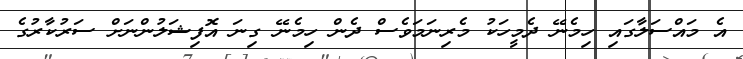
އެ މައްސަލާގައި ހިމެނޭ ދެމީހަކު މެރިނަމަވެސް ދެން ހިމެނޭ ގިނަ އޮފިޝަލުންނަށް ސަރުކާރުގެ